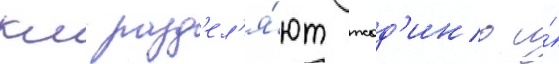
км разд'ел'я́ют жод'ино и́